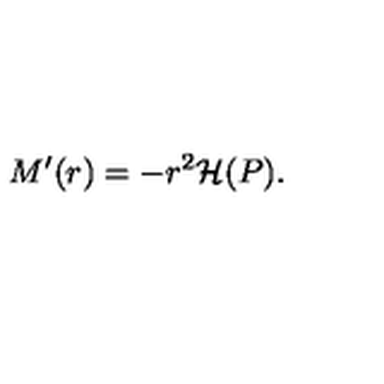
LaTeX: M ^ { \prime } ( r ) = - r ^ { 2 } { \cal H } ( P ) .